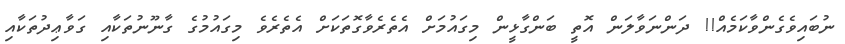
ނުބައިވެގެންވާކަމެއް!! ދަންނަވާލަން އޮތީ ބަންގާޅީން މިގައުމަށް އެތެރެވާގޮތަކަށް އެތެރެވެ މިގައުމުގެ ގާނޫނުތަކާއި ގަވާޢިދުތަކާއި